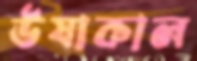
ঊষাকাল